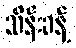
သိန်းခန့်